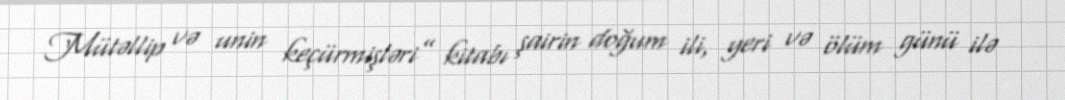
Mütəllip və unin keçürmişləri” kitabı şairin doğum ili, yeri və ölüm günü ilə